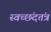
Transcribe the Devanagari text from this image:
स्वच्छंदतंत्र